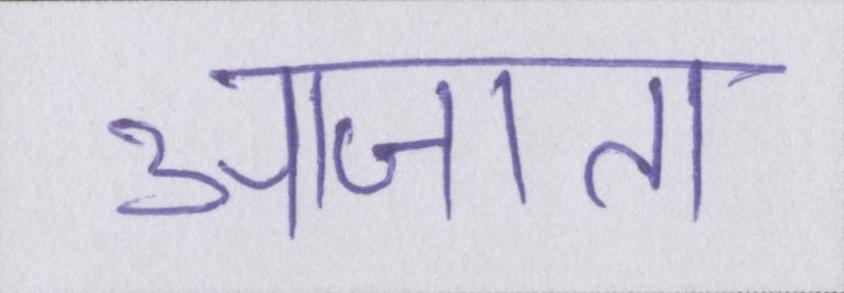
आजा॑ता